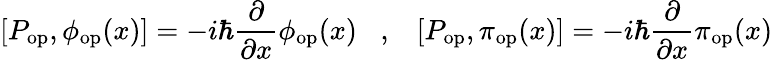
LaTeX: [P_{\mathrm{op}},\phi_{\mathrm{op}}(x)]=-i\hbar\frac{\partial}{\partial x}\phi_{\mathrm{op}}(x)\; \; \; ,\; \; \; [P_{\mathrm{op}},\pi_{\mathrm{op}}(x)]=-i\hbar\frac{\partial}{\partial x}\pi_{\mathrm{op}}(x)